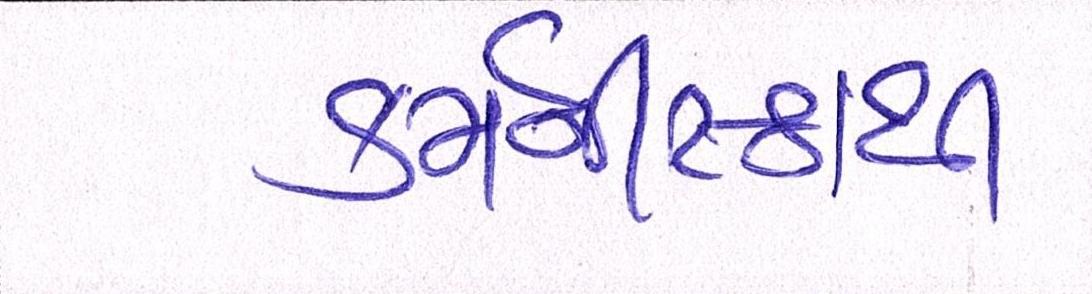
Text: કર્મનીષ્ઠાથી